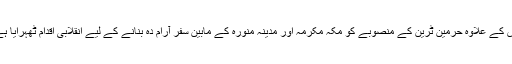
اس کے علاوہ حرمین ٹرین کے منصوبے کو مکہ مکرمہ اور مدینہ منورہ کے مابین سفر آرام دہ بنانے کے لیے انقلابی اقدام ٹھہرایا ہے۔